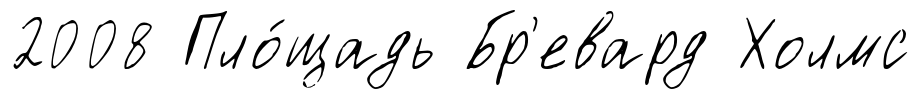
2008 Пло́щадь Бр'евард Холмс